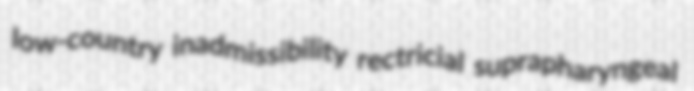
low-country inadmissibility rectricial suprapharyngeal